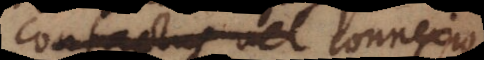
contactus vel connexio